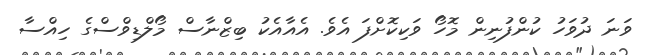
ވަނަ ދުވަހު ކުންފުނިން މޮހޯ ވަކިކޮށްފަ އެވެ. އެއާއެކު ބިޒްނާސް މޯލްޑިވްސްގެ ހިއްސާ